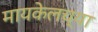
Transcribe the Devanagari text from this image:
मायकेलच्या